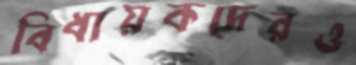
বিধায়কদেরও